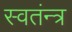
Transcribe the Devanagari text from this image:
स्वतंन्त्र